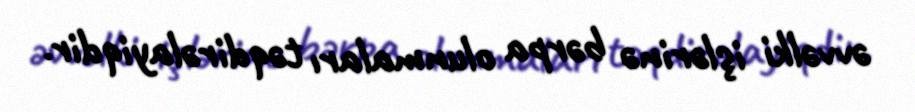
əvvəlki işlərinə bərpa olunmaları təqdirəlayiqdir.